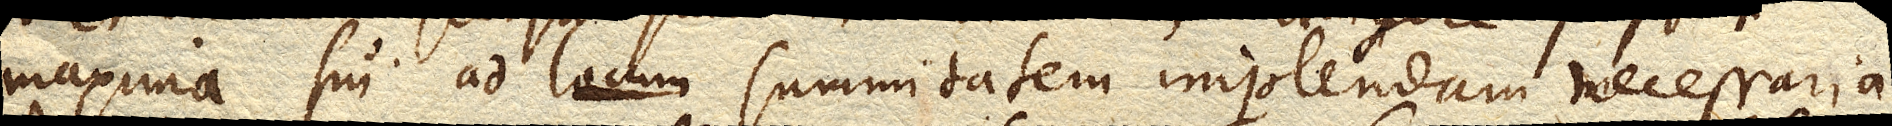
maxima sui ad locum summitatem implendam necessaria